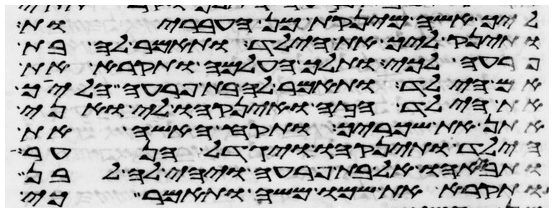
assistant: ליך אשה מינקות מן העבריות
ותינק ליך את הילד ותאמר לה בת
פרעה לכי ותלך העלמה ותקרא את
אם הילד ותאמר לה בת פרעה הלכי
את הילד הזה והנקהו לי ואני
אתן את שכריך ותקח האשה את
הילד ותינקהו ויגדל הנער
ותבאהו אל בת פרעה ויהי לה לבן
ותקרא את שמו משה ותאמר כי